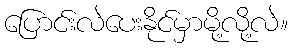
ပြောင်းလဲပေးနိုင်မှာမို့လို့လဲ။